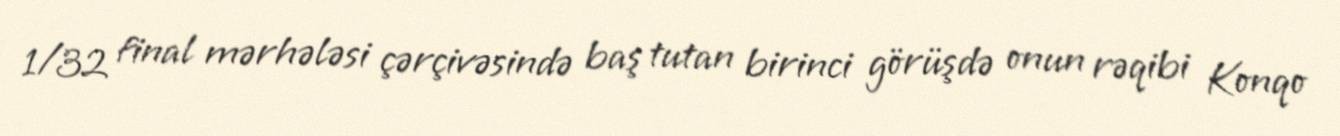
1/32 final mərhələsi çərçivəsində baş tutan birinci görüşdə onun rəqibi Konqo